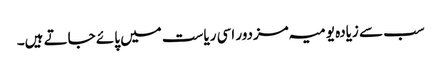
سب سے زیادہ یومیہ مزدور اسی ریاست میں پائے جاتے ہیں۔